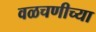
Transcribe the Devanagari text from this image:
वळचणीच्या